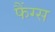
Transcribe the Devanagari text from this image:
फैंग्स